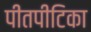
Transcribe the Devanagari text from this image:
पीतपीटिका